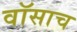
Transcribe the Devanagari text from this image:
वॉसाच